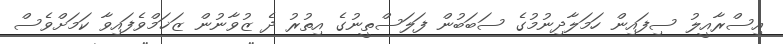
އިސްރާއީލު ސިފައިން ހަމަލާދިނުމުގެ ސަބަބުން ފަލަސްތީނުގެ އިތުރު ދެ ޒުވާނުން ޒަޚަމްވެފައިވާ ކަމަށްވެސް